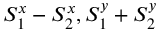
S _ { 1 } ^ { x } - S _ { 2 } ^ { x } , S _ { 1 } ^ { y } + S _ { 2 } ^ { y }